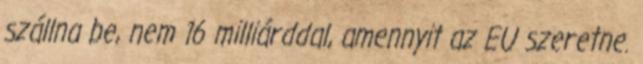
szállna be, nem 16 milliárddal, amennyit az EU szeretne.